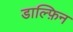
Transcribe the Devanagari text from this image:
डाल्फ़िन